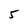
Character: 5